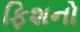
ફિશનો